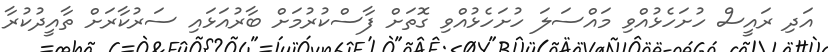
އަދި ރައީސް ހުށަހެޅުއްވި މައްސަލަ ހުށަހެޅުއްވި ގޮތަށް ފާސްކުރުމަށް ބާރުއަޅައި ސަރުކާރަށް ތާއީދުކުރާ